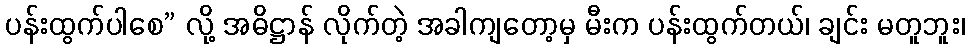
ပန်းထွက်ပါစေ” လို့ အဓိဋ္ဌာန် လိုက်တဲ့ အခါကျတော့မှ မီးက ပန်းထွက်တယ်၊ ချင်း မတူဘူး၊